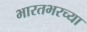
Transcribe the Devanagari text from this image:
भारतभरच्या